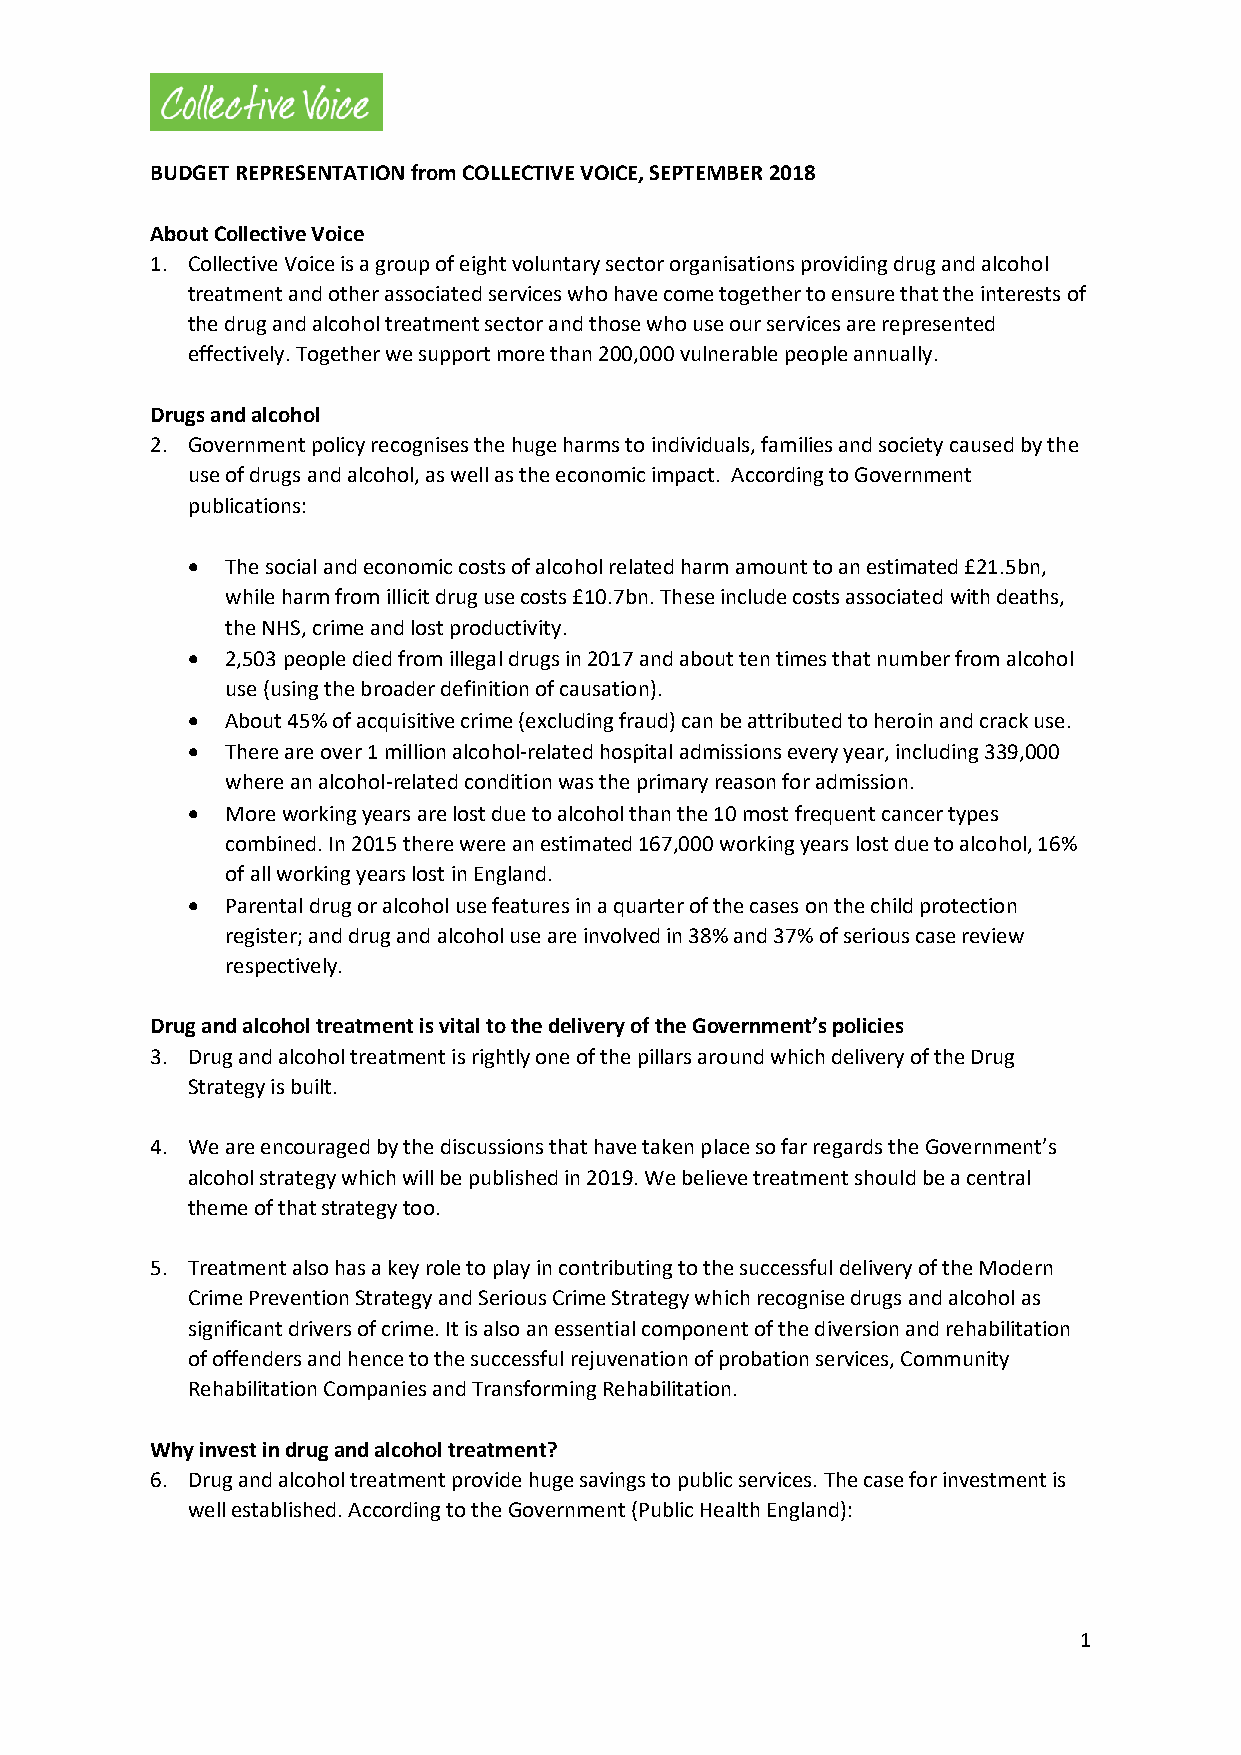
BUDGET REPRESENTATION from COLLECTIVE VOICE, SEPTEMBER 2018
 About Collective Voice
 1. Collective Voice is a group of eight voluntary sector organisations providing drug and alcohol
 treatment and other associated services who have come together to ensure that the interests of
 the drug and alcohol treatment sector and those who use our services are represented
 effectively. Together we support more than 200,000 vulnerable people annually.
 Drugs and alcohol
 2. Government policy recognises the huge harms to individuals, families and society caused by the
 use of drugs and alcohol, as well as the economic impact. According to Government
 publications:
   The social and economic costs of alcohol related harm amount to an estimated £21.5bn,
 while harm from illicit drug use costs £10.7bn. These include costs associated with deaths,
 the NHS, crime and lost productivity.
   2,503 people died from illegal drugs in 2017 and about ten times that number from alcohol
 use (using the broader definition of causation).
   About 45% of acquisitive crime (excluding fraud) can be attributed to heroin and crack use.
   There are over 1 million alcohol-related hospital admissions every year, including 339,000
 where an alcohol-related condition was the primary reason for admission.
   More working years are lost due to alcohol than the 10 most frequent cancer types
 combined. In 2015 there were an estimated 167,000 working years lost due to alcohol, 16%
 of all working years lost in England.
   Parental drug or alcohol use features in a quarter of the cases on the child protection
 register; and drug and alcohol use are involved in 38% and 37% of serious case review
 respectively.
 Drug and alcohol treatment is vital to the delivery of the Government’s policies
 3. Drug and alcohol treatment is rightly one of the pillars around which delivery of the Drug
 Strategy is built.
 4. We are encouraged by the discussions that have taken place so far regards the Government’s
 alcohol strategy which will be published in 2019. We believe treatment should be a central
 theme of that strategy too.
 5. Treatment also has a key role to play in contributing to the successful delivery of the Modern
 Crime Prevention Strategy and Serious Crime Strategy which recognise drugs and alcohol as
 significant drivers of crime. It is also an essential component of the diversion and rehabilitation
 of offenders and hence to the successful rejuvenation of probation services, Community
 Rehabilitation Companies and Transforming Rehabilitation.
 Why invest in drug and alcohol treatment?
 6. Drug and alcohol treatment provide huge savings to public services. The case for investment is
 well established. According to the Government (Public Health England):
 1